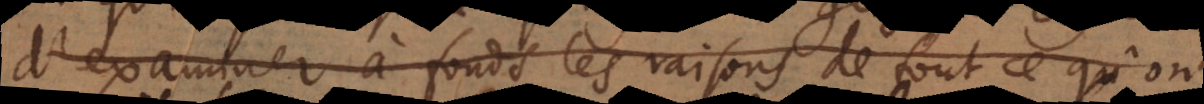
d’examiner à fonds les raisons de tout ce qu’on